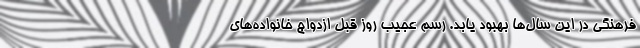
فرهنگی در این سال‌ها بهبود یابد. رسم عجیب روز قبل ازدواج خانواده‌های